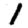
Digit: 1